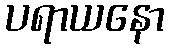
ပရာယနော